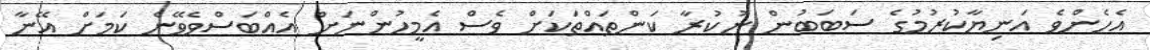
އެހެންވެ އަނިޔާކުރުމުގެ ސަބަބުން ނުކުރާ ކަންތައްތަކަށް ވެސް އެމީހުންނަށް އެއްބަސްވެވޭނެ ކަމަށް އޭނާ